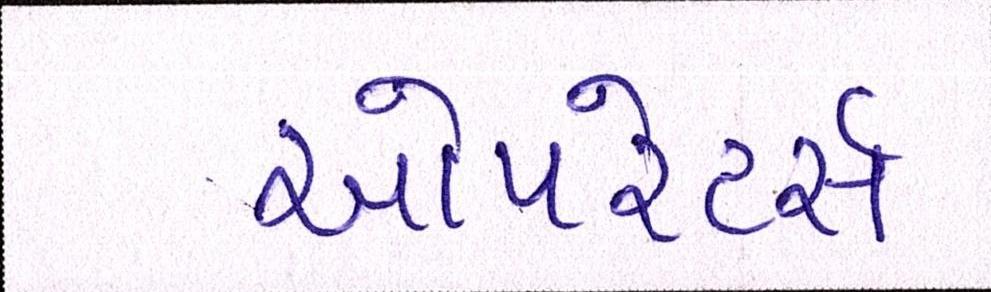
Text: ઓપરેટર્સ